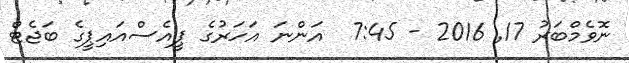
ނޮވެމްބަރު 17